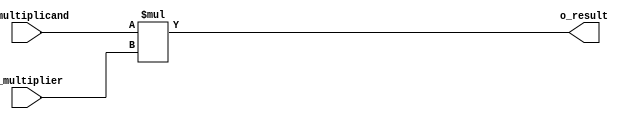
//`define ARCH_SPECIFIC_IMP 1
`define VCS
`define DWIDTH 16
`define AWIDTH 10
`define MEM_SIZE 1024
`define DESIGN_SIZE 8
`define MAT_MUL_SIZE 4
`define MASK_WIDTH 4
`define LOG2_MAT_MUL_SIZE 2
`define NUM_CYCLES_IN_MAC 3
`define MEM_ACCESS_LATENCY 1
`define REG_DATAWIDTH 32
`define REG_ADDRWIDTH 8
`define ADDR_STRIDE_WIDTH 16
`define REG_STDN_TPU_ADDR 32'h4
`define REG_MATRIX_A_ADDR 32'he
`define REG_MATRIX_B_ADDR 32'h12
`define REG_MATRIX_C_ADDR 32'h16
`define REG_VALID_MASK_A_ROWS_ADDR 32'h20
`define REG_VALID_MASK_A_COLS_ADDR 32'h54
`define REG_VALID_MASK_B_ROWS_ADDR 32'h5c
`define REG_VALID_MASK_B_COLS_ADDR 32'h58
`define REG_MATRIX_A_STRIDE_ADDR 32'h28
`define REG_MATRIX_B_STRIDE_ADDR 32'h32
`define REG_MATRIX_C_STRIDE_ADDR 32'h36
`define ADDRESS_BASE_A 10'd0
`define ADDRESS_BASE_B 10'd0
`define ADDRESS_BASE_C 10'd0

module qmult(i_multiplicand,i_multiplier,o_result);
input [`DWIDTH-1:0] i_multiplicand;
input [`DWIDTH-1:0] i_multiplier;
output [2*`DWIDTH-1:0] o_result;

assign o_result = i_multiplicand * i_multiplier;
//DW02_mult #(`DWIDTH,`DWIDTH) u_mult(.A(i_multiplicand), .B(i_multiplier), .TC(1'b1), .PRODUCT(o_result));

endmodule